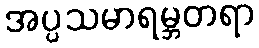
အပ္ပသမာရမ္ဘတရာ